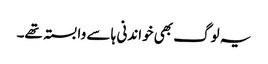
یہ لوگ بھی خواندنی ہا سے وابستہ تھے۔